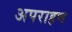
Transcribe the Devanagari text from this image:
अपराहण